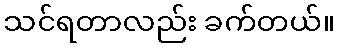
သင်ရတာလည်း ခက်တယ်။